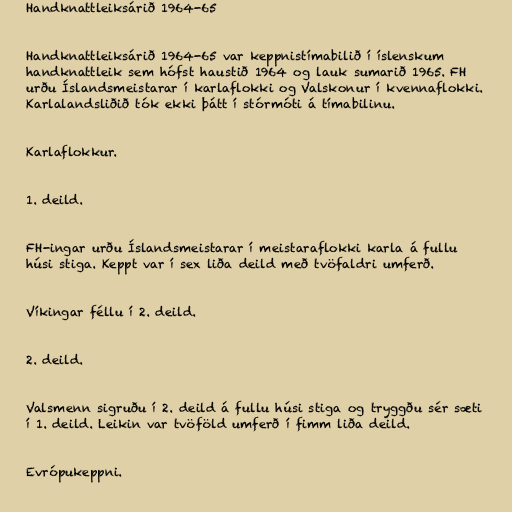
Handknattleiksárið 1964-65

Handknattleiksárið 1964-65 var keppnistímabilið í íslenskum
handknattleik sem hófst haustið 1964 og lauk sumarið 1965. FH
urðu Íslandsmeistarar í karlaflokki og Valskonur í kvennaflokki.
Karlalandsliðið tók ekki þátt í stórmóti á tímabilinu.

Karlaflokkur.

1. deild.

FH-ingar urðu Íslandsmeistarar í meistaraflokki karla á fullu
húsi stiga. Keppt var í sex liða deild með tvöfaldri umferð.

Víkingar féllu í 2. deild.

2. deild.

Valsmenn sigruðu í 2. deild á fullu húsi stiga og tryggðu sér sæti
í 1. deild. Leikin var tvöföld umferð í fimm liða deild.

Evrópukeppni.